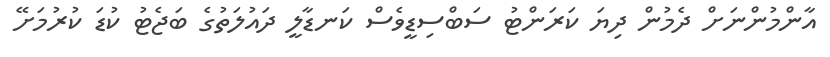
އާންމުންނަށް ދެމުން ދިޔަ ކަރަންޓު ސަބްސިޑީވެސް ކަނޑާލީ ދައުލަތުގެ ބަޖެޓު ކުޑަ ކުރުމަށޭ